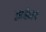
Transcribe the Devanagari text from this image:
जळेल